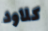
كلاود